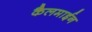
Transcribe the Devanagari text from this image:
कैलमाईन